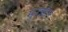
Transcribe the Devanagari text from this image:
मुरझान